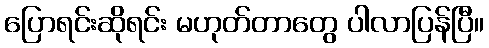
ပြောရင်းဆိုရင်း မဟုတ်တာတွေ ပါလာပြန်ပြီ။